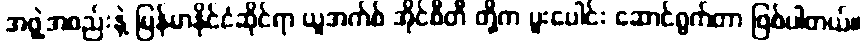
အဖွဲ့အစည်းနဲ့ မြန်မာနိုင်ငံဆိုင်ရာ ယူအက်စ် အိုင်စီတီ တို့က ပူးပေါင်း ဆောင်ရွက်တာ ဖြစ်ပါတယ်။